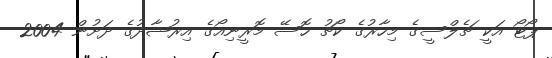
ޕޯޓޯ އަކީ ޗެލްސީގެ މިހާރުގެ ކޯޗު ހޮސޭ މޮރީނިއޯގެ އިރުޝާދުގެ ދަށުން 2004